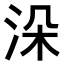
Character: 𣳼